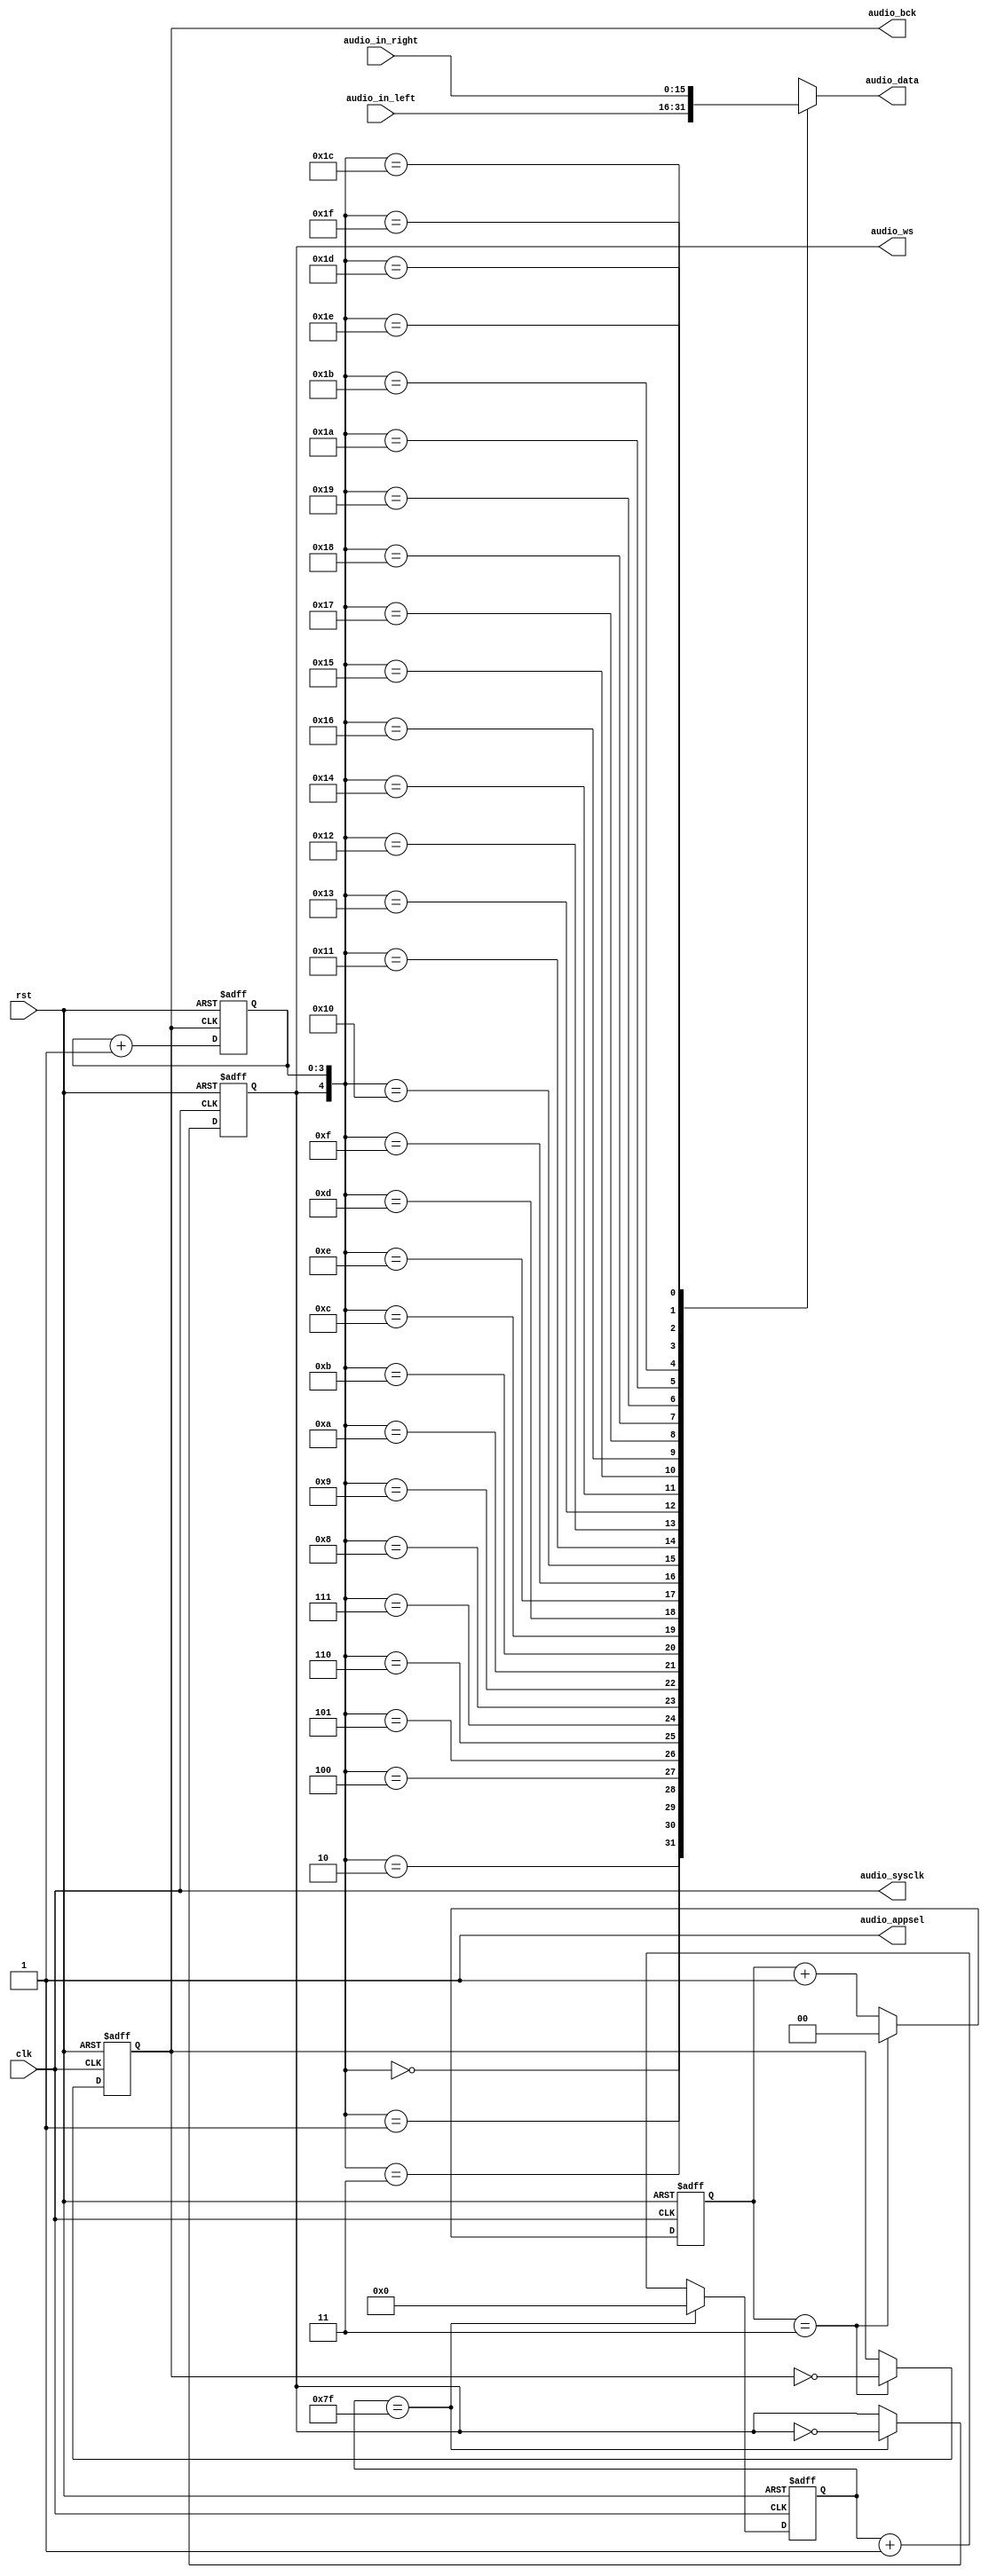
`timescale 1ns / 1ps
//////////////////////////////////////////////////////////////////////////////////
// Module Name:    speaker_control 
//////////////////////////////////////////////////////////////////////////////////
module speaker_control(
	clk,
	rst,
	audio_in_left,
	audio_in_right,
	audio_appsel,
	audio_sysclk,
	audio_bck,
	audio_ws,
	audio_data
);
	
	input clk;
	input rst;
	input [15:0] audio_in_left, audio_in_right;
	output audio_appsel;
	output audio_sysclk;
	output reg audio_bck;
	output reg audio_ws;
	output reg audio_data;

	reg audio_bck_next;
	reg audio_ws_next;
	reg [3:0] audio_bck_cnt;
	reg [3:0] audio_bck_cnt_next;
	reg [1:0] cnt_4, cnt_4_next;
	reg [6:0] clk_128, clk_128_next;

	// audio_appsel
	assign audio_appsel = 1'b1;

	// audio_sysclk
	assign audio_sysclk = clk;

	// audio_bck
	always @*
		if (cnt_4 == 2'd3)
		begin
			cnt_4_next = 2'd0;
			audio_bck_next = ~audio_bck;
		end
		else
		begin
			cnt_4_next = cnt_4 + 1'b1;
			audio_bck_next = audio_bck;
		end

	always @(posedge clk or posedge rst)
		if (rst)
		begin
			cnt_4 <= 2'b0;
			audio_bck <= 1'b0;
		end
		else
		begin
			cnt_4 <= cnt_4_next;
			audio_bck <= audio_bck_next;
		end

	// audio_ws
	always @*
		if (clk_128 == 7'd127)
		begin
			clk_128_next = 7'd0;
			audio_ws_next = ~audio_ws;
		end
		else
		begin
			clk_128_next = clk_128 + 1'b1;
			audio_ws_next = audio_ws;
		end

	always @(posedge clk or posedge rst)
		if (rst)
		begin
			clk_128 <= 7'd0;
			audio_ws <= 1'b0;
		end
		else
		begin
			clk_128 <= clk_128_next;
			audio_ws <= audio_ws_next;
		end

	// audio_bck_cnt
	always @*
	begin
		audio_bck_cnt_next = audio_bck_cnt + 1'b1;
	end

	always @(posedge audio_bck or posedge rst)
	begin
		if (rst)
		begin
			audio_bck_cnt = 4'b0;
		end
		else
		begin
			audio_bck_cnt = audio_bck_cnt_next;
		end
	end

	// audio_data
	always @*
	case({audio_ws,audio_bck_cnt})
		5'b0_0000: audio_data = audio_in_left[15];
		5'b0_0001: audio_data = audio_in_left[14];
		5'b0_0010: audio_data = audio_in_left[13];
		5'b0_0011: audio_data = audio_in_left[12];
		5'b0_0100: audio_data = audio_in_left[11];
		5'b0_0101: audio_data = audio_in_left[10];
		5'b0_0110: audio_data = audio_in_left[9];
		5'b0_0111: audio_data = audio_in_left[8];
		5'b0_1000: audio_data = audio_in_left[7];
		5'b0_1001: audio_data = audio_in_left[6];
		5'b0_1010: audio_data = audio_in_left[5];
		5'b0_1011: audio_data = audio_in_left[4];
		5'b0_1100: audio_data = audio_in_left[3];
		5'b0_1101: audio_data = audio_in_left[2];
		5'b0_1110: audio_data = audio_in_left[1];
		5'b0_1111: audio_data = audio_in_left[0];
		5'b1_0000: audio_data = audio_in_right[15];
		5'b1_0001: audio_data = audio_in_right[14];
		5'b1_0010: audio_data = audio_in_right[13];
		5'b1_0011: audio_data = audio_in_right[12];
		5'b1_0100: audio_data = audio_in_right[11];
		5'b1_0101: audio_data = audio_in_right[10];
		5'b1_0110: audio_data = audio_in_right[9];
		5'b1_0111: audio_data = audio_in_right[8];
		5'b1_1000: audio_data = audio_in_right[7];
		5'b1_1001: audio_data = audio_in_right[6];
		5'b1_1010: audio_data = audio_in_right[5];
		5'b1_1011: audio_data = audio_in_right[4];
		5'b1_1100: audio_data = audio_in_right[3];
		5'b1_1101: audio_data = audio_in_right[2];
		5'b1_1110: audio_data = audio_in_right[1];
		5'b1_1111: audio_data = audio_in_right[0];
		default: audio_data = 1'b0;
	endcase

endmodule